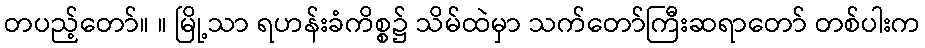
တပည့်တော်။ ။ မြို့သာ ရဟန်းခံကိစ္စ၌ သိမ်ထဲမှာ သက်တော်ကြီးဆရာတော် တစ်ပါးက